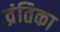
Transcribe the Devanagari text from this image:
व्रंतिका